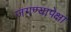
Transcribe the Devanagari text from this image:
जगण्यापेक्षा